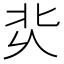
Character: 𰞆